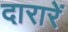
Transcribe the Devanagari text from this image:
दारारें